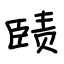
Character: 赜